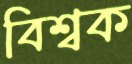
বিশ্বক